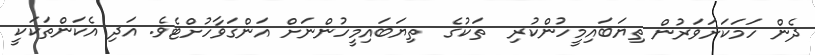
ދެން ހަމަކަށަވަރުން ތިޔަބައިމީހުންކުރި  ތަކުގެ  ތިޔަބައިމީހުންނަށް އަންގަވާހުށްޓެވެ. އަދި އެކަންތަކަކީ